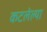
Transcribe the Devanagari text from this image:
कटलेल्या